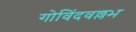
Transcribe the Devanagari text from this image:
गोविंदवल्लभ